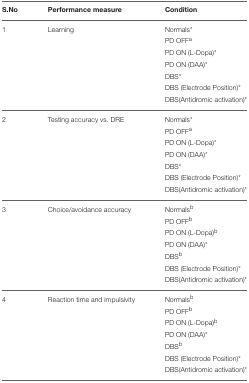
<table><thead><tr><td><b>S.No</b></td><td><b>Performance measure</b></td><td><b>Condition</b></td></tr></thead><tbody><tr><td>1</td><td>Learning</td><td>Normals<sup>*</sup></td></tr><tr><td></td><td></td><td>PD OFF<sup>a</sup></td></tr><tr><td></td><td></td><td>PD ON (L-Dopa)<sup>*</sup></td></tr><tr><td></td><td></td><td>PD ON (DAA)<sup>*</sup></td></tr><tr><td></td><td></td><td>DBS<sup>*</sup></td></tr><tr><td></td><td></td><td>DBS (Electrode Position)<sup>*</sup></td></tr><tr><td></td><td></td><td>DBS(Antidromic activation)<sup>*</sup></td></tr><tr><td>2</td><td>Testing accuracy vs. DRE</td><td>Normals<sup>*</sup></td></tr><tr><td></td><td></td><td>PD OFF<sup>a</sup></td></tr><tr><td></td><td></td><td>PD ON (L-Dopa)<sup>*</sup></td></tr><tr><td></td><td></td><td>PD ON (DAA)<sup>*</sup></td></tr><tr><td></td><td></td><td>DBS<sup>*</sup></td></tr><tr><td></td><td></td><td>DBS (Electrode Position)<sup>*</sup></td></tr><tr><td></td><td></td><td>DBS(Antidromic activation)<sup>*</sup></td></tr><tr><td>3</td><td>Choice/avoidance accuracy</td><td>Normals<sup>b</sup></td></tr><tr><td></td><td></td><td>PD OFF<sup>b</sup></td></tr><tr><td></td><td></td><td>PD ON (L-Dopa)<sup>b</sup></td></tr><tr><td></td><td></td><td>PD ON (DAA)<sup>*</sup></td></tr><tr><td></td><td></td><td>DBS<sup>b</sup></td></tr><tr><td></td><td></td><td>DBS (Electrode Position)<sup>*</sup></td></tr><tr><td></td><td></td><td>DBS(Antidromic activation)<sup>*</sup></td></tr><tr><td>4</td><td>Reaction time and impulsivity</td><td>Normals<sup>b</sup></td></tr><tr><td></td><td></td><td>PD OFF<sup>b</sup></td></tr><tr><td></td><td></td><td>PD ON (L-Dopa)<sup>b</sup></td></tr><tr><td></td><td></td><td>PD ON (DAA)<sup>*</sup></td></tr><tr><td></td><td></td><td>DBS<sup>b</sup></td></tr><tr><td></td><td></td><td>DBS (Electrode Position)<sup>*</sup></td></tr><tr><td></td><td></td><td>DBS(Antidromic activation)<sup>*</sup></td></tr></tbody></table>